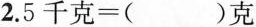
$$2 . 5 千 克 =$$()克